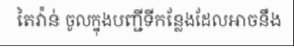
តៃវ៉ាន់ ចូលក្នុងបញ្ជីទីកន្លែងដែលអាចនឹង